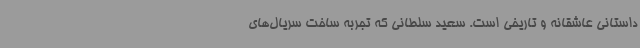
داستانی عاشقانه و تاریخی است. سعید سلطانی که تجربه ساخت سریال‌های